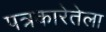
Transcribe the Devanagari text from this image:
पत्रकारेतेला